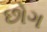
છોગ